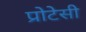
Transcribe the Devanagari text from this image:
प्रोटेसी